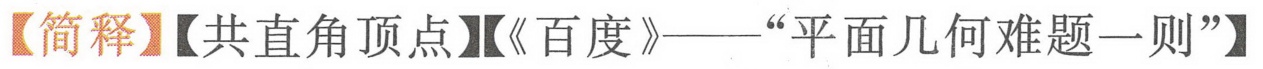
【简释】【共直角顶点】【《百度》——“平面几何难题一则”】